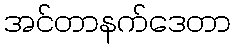
အင်တာနက်ဒေတာ